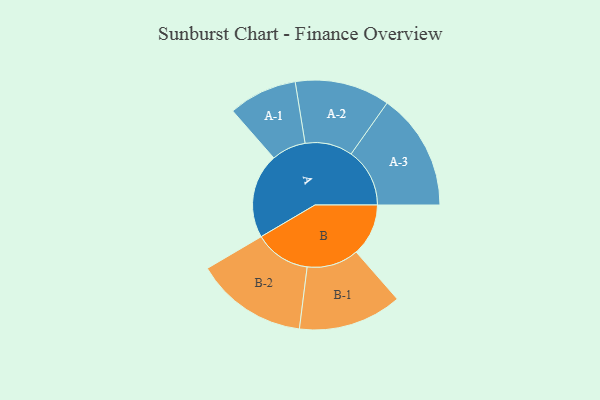
{"axis": {"x": "Segment", "y": "Value"}, "legend": ["", "A", "B"], "data": [{"x": "A", "y": 398, "type": ""}, {"x": "B", "y": 245, "type": ""}, {"x": "A-1", "y": 161, "type": "A"}, {"x": "A-2", "y": 223, "type": "A"}, {"x": "A-3", "y": 275, "type": "A"}, {"x": "B-1", "y": 243, "type": "B"}, {"x": "B-2", "y": 263, "type": "B"}]}